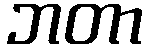
ဘတာ